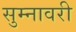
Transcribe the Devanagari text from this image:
सुम्नावरी